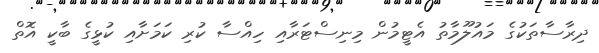
ދިރާސާތަކުގެ މައުލޫމާތު އެޓީމުން މިނިސްޓަރާއި ހިއްސާ ކުރި ކަމަށާއި ކުޅީގެ ބާކީ އޮތް